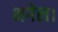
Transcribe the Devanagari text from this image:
भगेल।